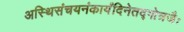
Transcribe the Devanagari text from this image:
अस्थिसंचयनंकार्यंदिनेतद्गोत्रजैः